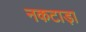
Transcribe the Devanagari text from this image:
नकटाड़ा